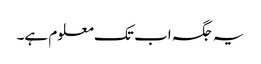
یہ جگہ اب تک معلوم ہے۔